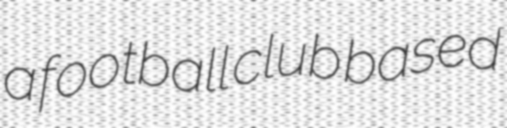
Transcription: a football club based